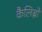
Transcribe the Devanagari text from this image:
कैलिब्रो